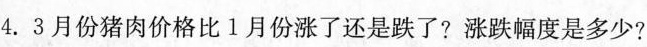
4.3月份猪肉价格比1月份涨了还是跌了?涨跌幅度是多少?